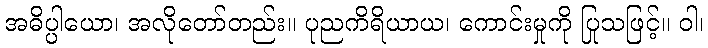
အဓိပ္ပါယော၊ အလိုတော်တည်း။ ပုညကိရိယာယ၊ ကောင်းမှုကို ပြုသဖြင့်။ ဝါ၊